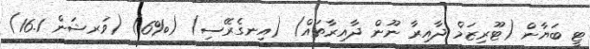
ޓީ ބަޔާން (ޓޫރިޒަމް ދާއިރާ ނޫން ދާއިރާތައް) (އިނގެރޭސި) (%6) (ވަރޝަން 16.1)